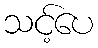
သင့်ပေ